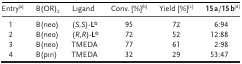
<table><thead><tr><td><b>Entry<sup>[a]</sup></b></td><td><b>B(OR)<sub>2</sub></b></td><td><b>Ligand</b></td><td><b>Conv. [%]<sup>[b]</sup></b></td><td><b>Yield [%]<sup>[c]</sup></b></td><td><b>15 a/15 b<sup>[d]</sup></b></td></tr></thead><tbody><tr><td>1</td><td>B(neo)</td><td>(<i>S</i>,<i>S</i>)‐<b>L*</b></td><td>95</td><td>72</td><td>6:94</td></tr><tr><td>2</td><td>B(neo)</td><td>(<i>R</i>,<i>R</i>)‐<b>L*</b></td><td>72</td><td>52</td><td>12:88</td></tr><tr><td>3</td><td>B(neo)</td><td>TMEDA</td><td>77</td><td>61</td><td>2:98</td></tr><tr><td>4</td><td>B(pin)</td><td>TMEDA</td><td>32</td><td>29</td><td>53:47</td></tr></tbody></table>